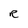
Character: R